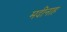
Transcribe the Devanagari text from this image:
मदीनाह